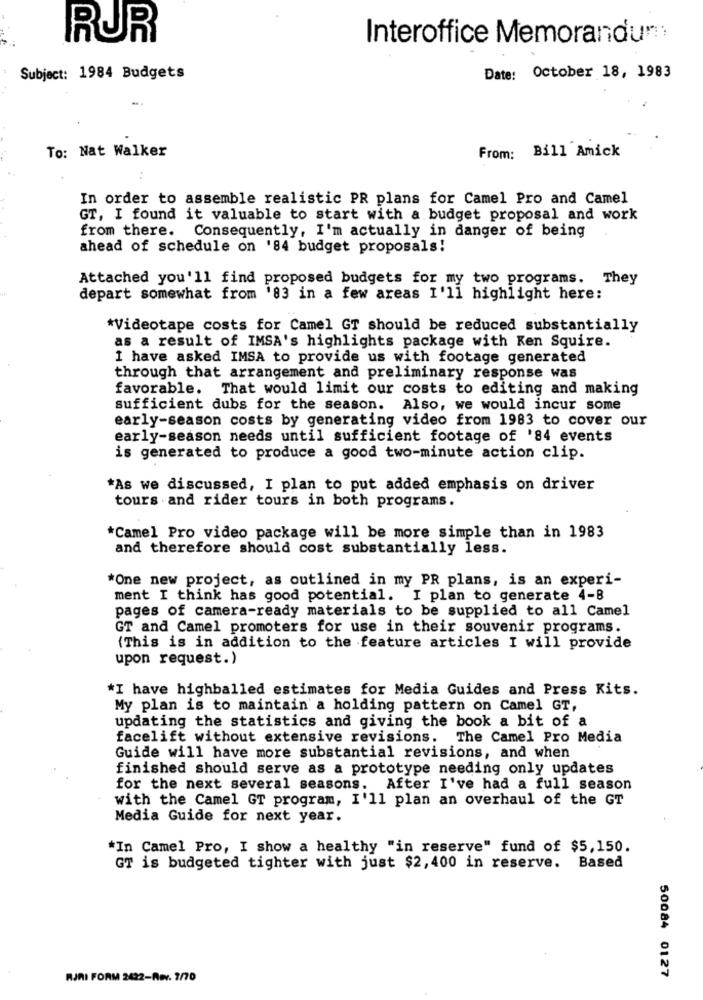
RUR
Interoffice Memorandum:
Subject: 1984 Budgets
Date: October 18, 1983
To: Nat Walker
From: Bill Amick
In order to assemble realistic PR plans for Camel Pro and Camel
GT, I found it valuable to start with a budget proposal and work
from there. Consequently, I'm actually in danger of being
ahead of schedule on '84 budget proposals!
Attached you'll find proposed budgets for my two programs. They
depart somewhat from '83 in a few areas I'll highlight here:
*Videotape costs for Camel GT should be reduced substantially
as a result of IMSA's highlights package with Ken Squire.
I have asked IMSA to provide us with footage generated
through that arrangement and preliminary response was
favorable. That would limit our costs to editing and making
sufficient dubs for the season. Also, we would incur some
early-season costs by generating video from 1983 to cover our
early-season needs until sufficient footage of '84 events
is generated to produce a good two-minute action clip.
*As we discussed, I plan to put added emphasis on driver
tours and rider tours in both programs.
*Camel Pro video package will be more simple than in 1983
and therefore should cost substantially less.
*One new project, as outlined in my PR plans, is an experi-
ment I think has good potential. I plan to generate 4-8
pages of camera-ready materials to be supplied to all Camel
GT and Camel promoters for use in their souvenir programs.
(This is in addition to the feature articles I will provide
upon request.)
*I have highballed estimates for Media Guides and Press Kits.
My plan is to maintain a holding pattern on Camel GT,
updating the statistics and giving the book a bit of a
facelift without extensive revisions. The Camel Pro Media
Guide will have more substantial revisions, and when
finished should serve as a prototype needing only updates
for the next several seasons. After I've had a full season
with the Camel GT program, I'll plan an overhaul of the GT
Media Guide for next year.
*In Camel Pro, I show a healthy "in reserve" fund of $5,150.
GT is budgeted tighter with just $2,400 in reserve.
Based
50084 0127
RJAI FORM 2422-Rev. 7/70